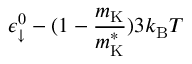
\epsilon _ { \downarrow } ^ { 0 } - ( 1 - \frac { m _ { \mathrm { K } } } { m _ { \mathrm { K } } ^ { * } } ) 3 k _ { \mathrm { B } } T